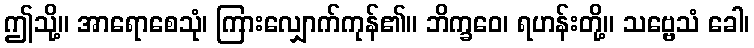
ဤသို့။ အာရောစေသုံ၊ ကြားလျှောက်ကုန်၏။ ဘိက္ခဝေ၊ ရဟန်းတို့။ သဗ္ဗေသံ ခေါ၊